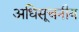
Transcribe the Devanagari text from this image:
अधिसूचनीय